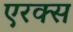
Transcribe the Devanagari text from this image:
एरक्स